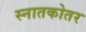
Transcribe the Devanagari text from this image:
स्‍नातकोतर